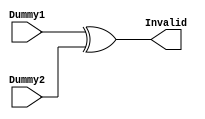
`timescale 1ns / 1ps
//////////////////////////////////////////////////////////////////////////////////
// Company: 
// Engineer: 
// 
// Design Name: 
// Module Name:    InvalidData 
// Project Name: 
// Target Devices: 
// Tool versions: 
// Description: 
//
// Dependencies: 
//
// Revision: 
// Revision 0.01 - File Created
// Additional Comments: 
//
//////////////////////////////////////////////////////////////////////////////////
module InvalidData(
	input		[63:0] 	Dummy1,
	input 	[63:0]	Dummy2,
	output	[63:0]	Invalid
    );

assign Invalid[63:0] = Dummy1[63:0] ^ (Dummy2[63:0]);
//assign Invalid[63:32] = ~Dummy1[63:32] ^ (Dummy2[63:32]);


endmodule